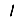
Digit: 1